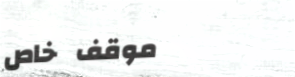
موقف خاص